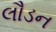
લૌડન